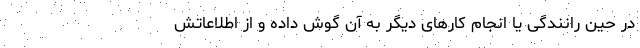
در حین رانندگی یا انجام کارهای دیگر به آن گوش داده و از اطلاعاتش